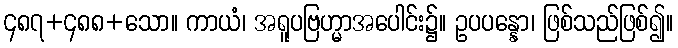
၄၈၇+၄၈၈+သော။ ကာယံ၊ အရူပဗြဟ္မာအပေါင်း၌။ ဥပပန္နော၊ ဖြစ်သည်ဖြစ်၍။